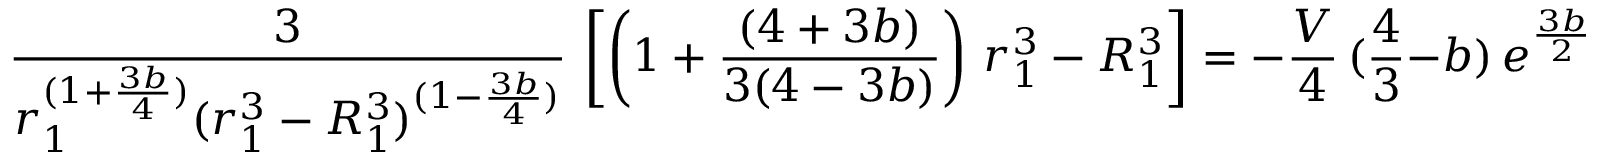
{ \frac { 3 } { r _ { 1 } ^ { ( 1 + { \frac { 3 b } { 4 } } ) } ( r _ { 1 } ^ { 3 } - R _ { 1 } ^ { 3 } ) ^ { ( 1 - { \frac { 3 b } { 4 } } ) } } } \, \left[ \left( 1 + { \frac { ( 4 + 3 b ) } { 3 ( 4 - 3 b ) } } \right) \, r _ { 1 } ^ { 3 } - R _ { 1 } ^ { 3 } \right] = - { \frac { V } { 4 } } \, ( { \frac { 4 } { 3 } } - b ) \, e ^ { { \frac { 3 b } { 2 } } \, \Phi _ { 0 } } .